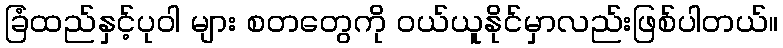
ခြံထည်နှင့်ပုဝါ များ စတတွေကို ဝယ်ယူနိုင်မှာလည်းဖြစ်ပါတယ်။